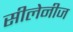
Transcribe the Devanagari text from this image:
सीलेनीज